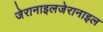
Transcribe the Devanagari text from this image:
जेरानाइलजेरानाइल